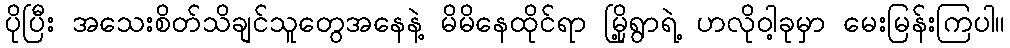
ပိုပြီး အသေးစိတ်သိချင်သူတွေအနေနဲ့ မိမိနေထိုင်ရာ မြို့ရွာရဲ့ ဟလိုဝါ့ခုမှာ မေးမြန်းကြပါ။